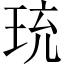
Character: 珫